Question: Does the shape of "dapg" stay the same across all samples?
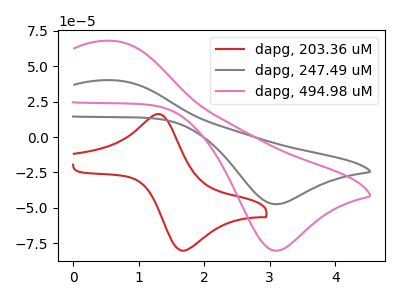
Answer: <think>The red curve "dapg, 203.36 uM" has an anodic peak at (1.30V, 16.25uA) and a cathodic peak at (1.65V, -80.35uA). The gray curve "dapg, 247.49 uM" has an anodic peak at (0.60V, 40.10uA) and a cathodic peak at (3.10V, -47.45uA). The pink curve "dapg, 494.98 uM" has an anodic peak at (0.60V, 67.90uA) and a cathodic peak at (3.10V, -80.35uA).
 "dapg, 203.36 uM" and "dapg, 247.49 uM" have at least one peak that do not match. "dapg, 203.36 uM" and "dapg, 494.98 uM" have at least one peak that do not match. All the peaks in "dapg, 247.49 uM" have a peak in "dapg, 494.98 uM" at the same potential. Every peak in "dapg, 247.49 uM" is lower than every peak in "dapg, 494.98 uM".</think>
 <answer>All the CV's of "dapg" have similar shape.</answer>
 <eval>follow_rule</eval>